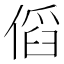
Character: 𠋯